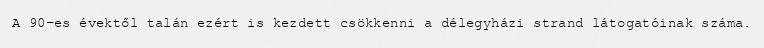
A 90-es évektől talán ezért is kezdett csökkenni a délegyházi strand látogatóinak száma.